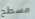
مسطح